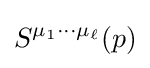
S^{\mu _{1}\cdots \mu _{\ell }}(p)